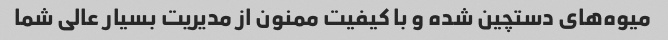
میوه‌های دستچین شده و با کیفیت ممنون از مدیریت بسیار عالی شما